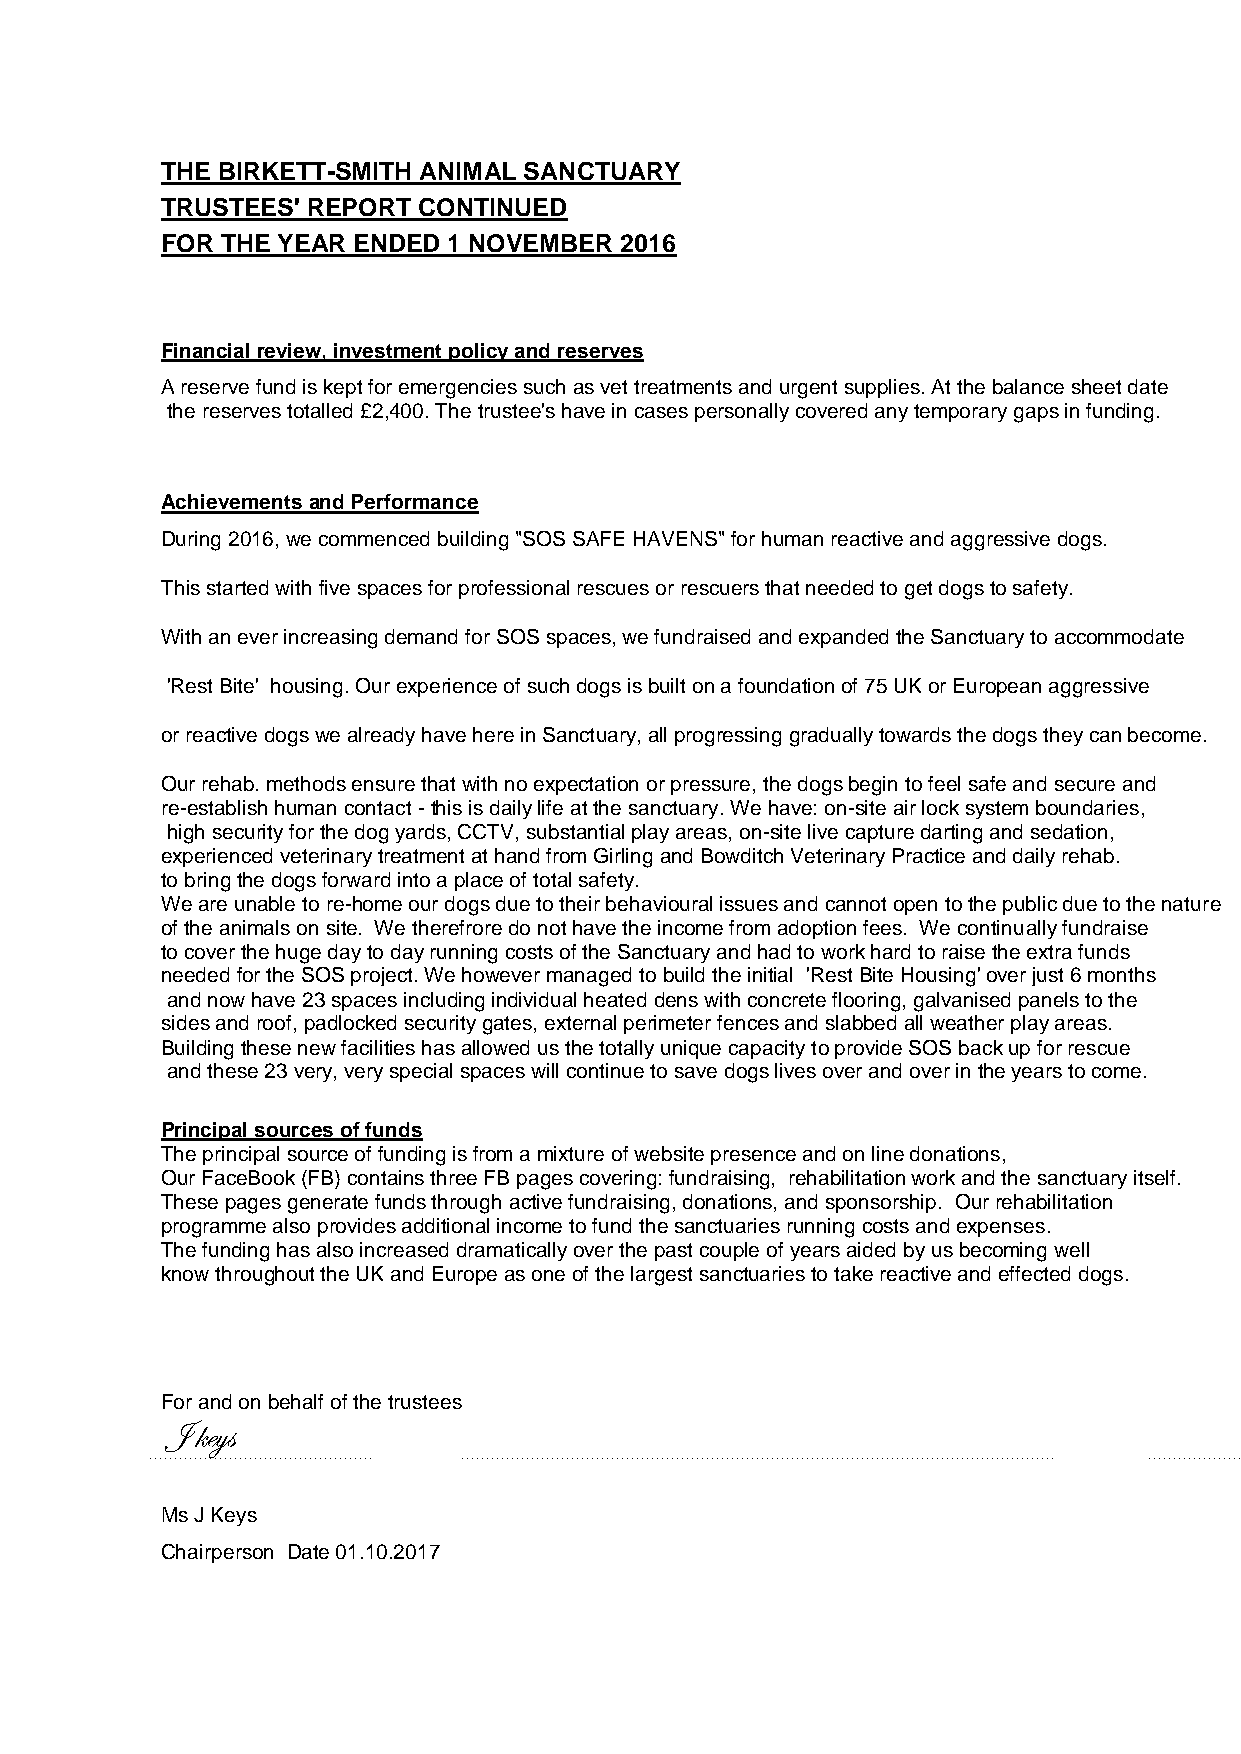
THE BIRKETT-SMITH ANIMAL SANCTUARY
 TRUSTEES' REPORT CONTINUED
 FOR THE YEAR ENDED 1 NOVEMBER 2016
 Financial review, investment policy and reserves
 A reserve fund is kept for emergencies such as vet treatments and urgent supplies. At the balance sheet date
 the reserves totalled £2,400. The trustee's have in cases personally covered any temporary gaps in funding.
 Achievements and Performance
 During 2016, we commenced building "SOS SAFE HAVENS" for human reactive and aggressive dogs.
 This started with five spaces for professional rescues or rescuers that needed to get dogs to safety.
 With an ever increasing demand for SOS spaces, we fundraised and expanded the Sanctuary to accommodate
 'Rest Bite' housing. Our experience of such dogs is built on a foundation of 75 UK or European aggressive
 or reactive dogs we already have here in Sanctuary, all progressing gradually towards the dogs they can become.
 Our rehab. methods ensure that with no expectation or pressure, the dogs begin to feel safe and secure and
 re-establish human contact - this is daily life at the sanctuary. We have: on-site air lock system boundaries,
 high security for the dog yards, CCTV, substantial play areas, on-site live capture darting and sedation,
 experienced veterinary treatment at hand from Girling and Bowditch Veterinary Practice and daily rehab.
 to bring the dogs forward into a place of total safety.
 We are unable to re-home our dogs due to their behavioural issues and cannot open to the public due to the nature
 of the animals on site. We therefrore do not have the income from adoption fees. We continually fundraise
 to cover the huge day to day running costs of the Sanctuary and had to work hard to raise the extra funds
 needed for the SOS project. We however managed to build the initial 'Rest Bite Housing' over just 6 months
 and now have 23 spaces including individual heated dens with concrete flooring, galvanised panels to the
 sides and roof, padlocked security gates, external perimeter fences and slabbed all weather play areas.
 Building these new facilities has allowed us the totally unique capacity to provide SOS back up for rescue
 and these 23 very, very special spaces will continue to save dogs lives over and over in the years to come.
 Principal sources of funds
 The principal source of funding is from a mixture of website presence and on line donations,
 Our FaceBook (FB) contains three FB pages covering: fundraising, rehabilitation work and the sanctuary itself.
 These pages generate funds through active fundraising, donations, and sponsorship. Our rehabilitation
 programme also provides additional income to fund the sanctuaries running costs and expenses.
 The funding has also increased dramatically over the past couple of years aided by us becoming well
 know throughout the UK and Europe as one of the largest sanctuaries to take reactive and effected dogs.
 For and on behalf of the trustees
 J keys
 Ms J Keys
 Chairperson Date 01.10.2017